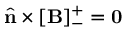
\hat { \mathbf { n } } \times [ \mathbf { B } ] _ { - } ^ { + } = \mathbf { 0 }